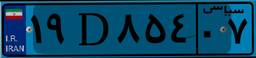
۵۷D۰۰۳۶۰